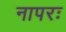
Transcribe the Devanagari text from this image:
नापरः